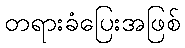
တရားခံပြေးအဖြစ်